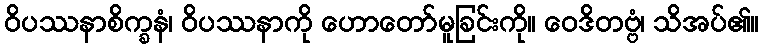
ဝိပဿနာစိက္ခနံ၊ ဝိပဿနာကို ဟောတော်မူခြင်းကို။ ဝေဒိတဗ္ဗံ၊ သိအပ်၏။